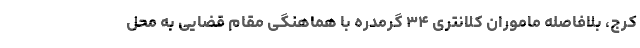
کرج، بلافاصله ماموران کلانتری ۳۴ گرمدره با هماهنگی مقام قضایی به محل